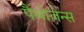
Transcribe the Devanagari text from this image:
पैथोजेन्स